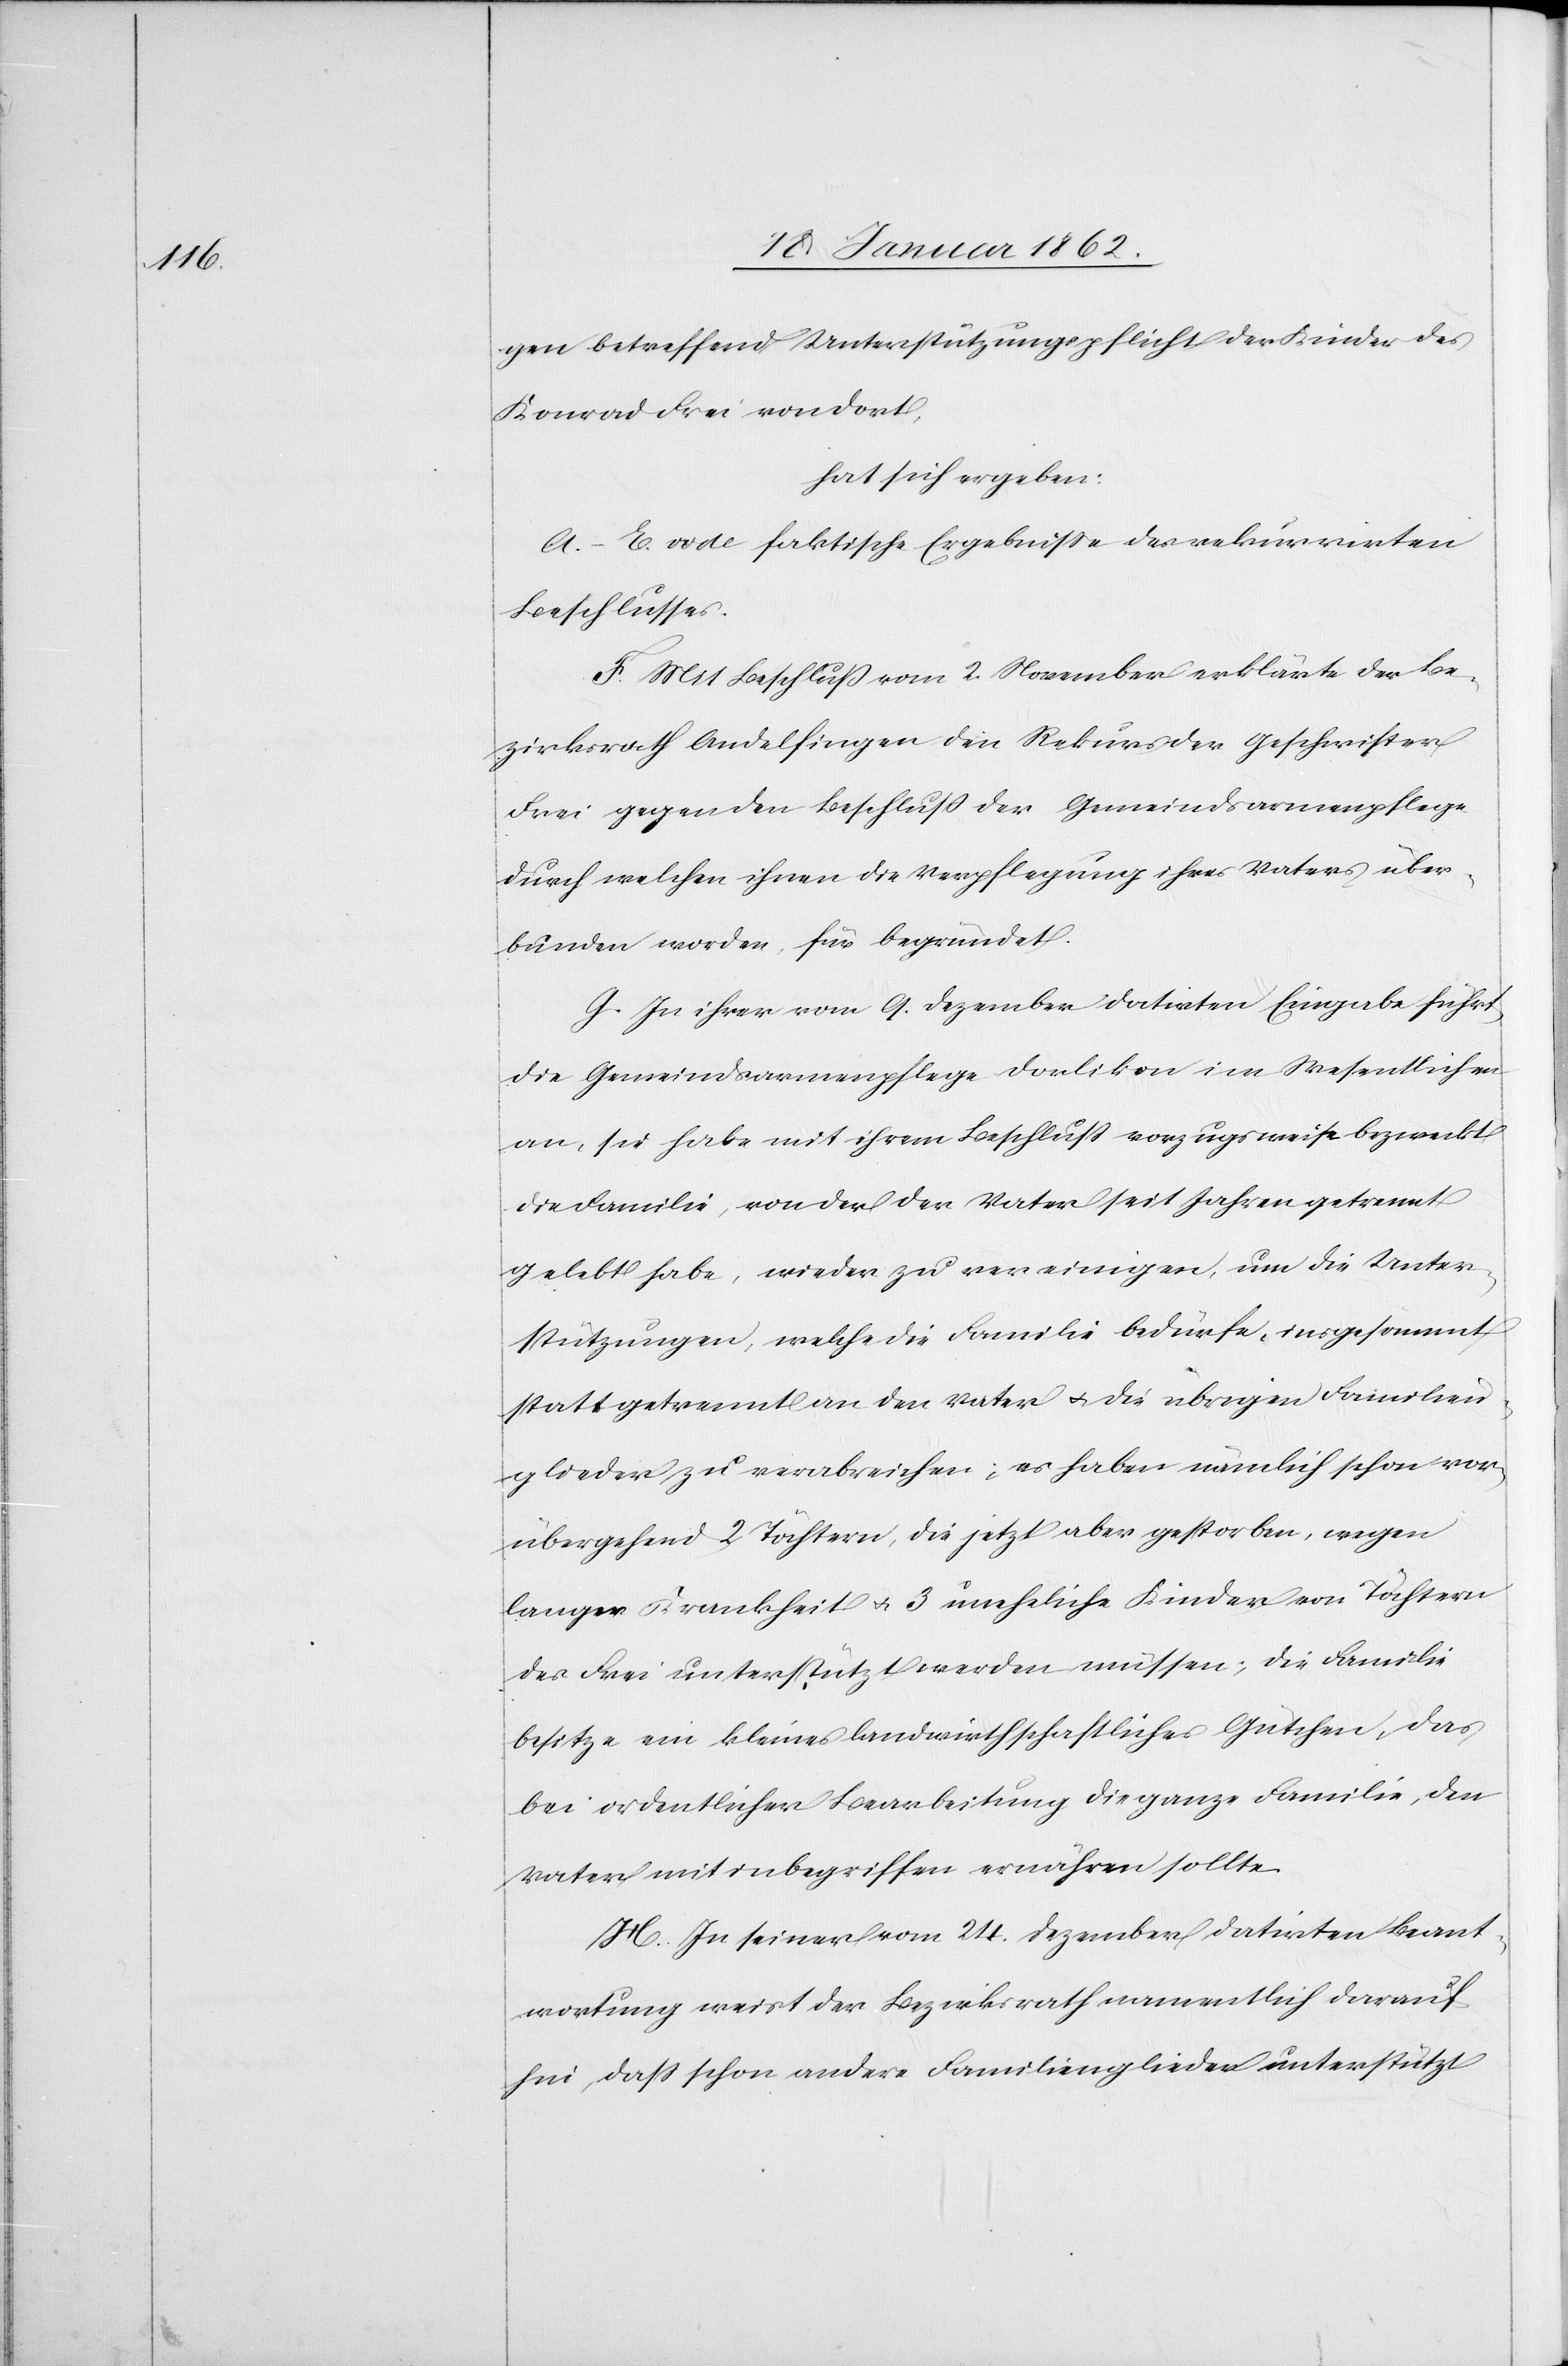
gen betreffend Unterstützungspflicht der Kinder des
Konrad Frei von dort,
hat sich ergeben:
A. – E. vide faktische Ergebniße des rekurrirten
Beschlusses.
F. Mit Beschluß vom 2. November erklärte der Be¬
zirksrath Andelfingen den Rekurs der Geschwister
Frei gegen den Beschluß der Gemeindsarmenpflege
durch welchen ihnen die Verpflegung ihres Vaters über¬
bunden worden, für begründet.
G. In ihrer vom 9. Dezember datirten Eingabe führt
die Gemeindsarmenpflege Dorlikon im Wesentlichen
an, sie habe mit ihrem Beschluß vorzugsweise bezweckt
die Familie, von der der Vater seit Jahren getrennt
gelebt habe, wieder zu vereinigen, um die Unter¬
stützungen, welche die Familie bedürfe, insgesammt
statt getrennt an den Vater u. die übrigen Familien¬
glieder zu verabreichen; es haben nämlich schon vor¬
übergehend 2 Töchtern, die jetzt aber gestorben, wegen
langer Krankheit u. 3 uneheliche Kinder von Töchtern
des Frei unterstützt werden müssen; die Familie
besitze ein kleines landwirthschaftliches Gütchen, das
bei ordentlicher Bearbeitung die ganze Familie, den
Vater mit inbegriffen ernähren sollte.
H. In seiner vom 24. Dezember datirten Beant¬
wortung weist der Bezirksrath namentlich darauf
hin, daß schon andere Familienglieder unterstützt